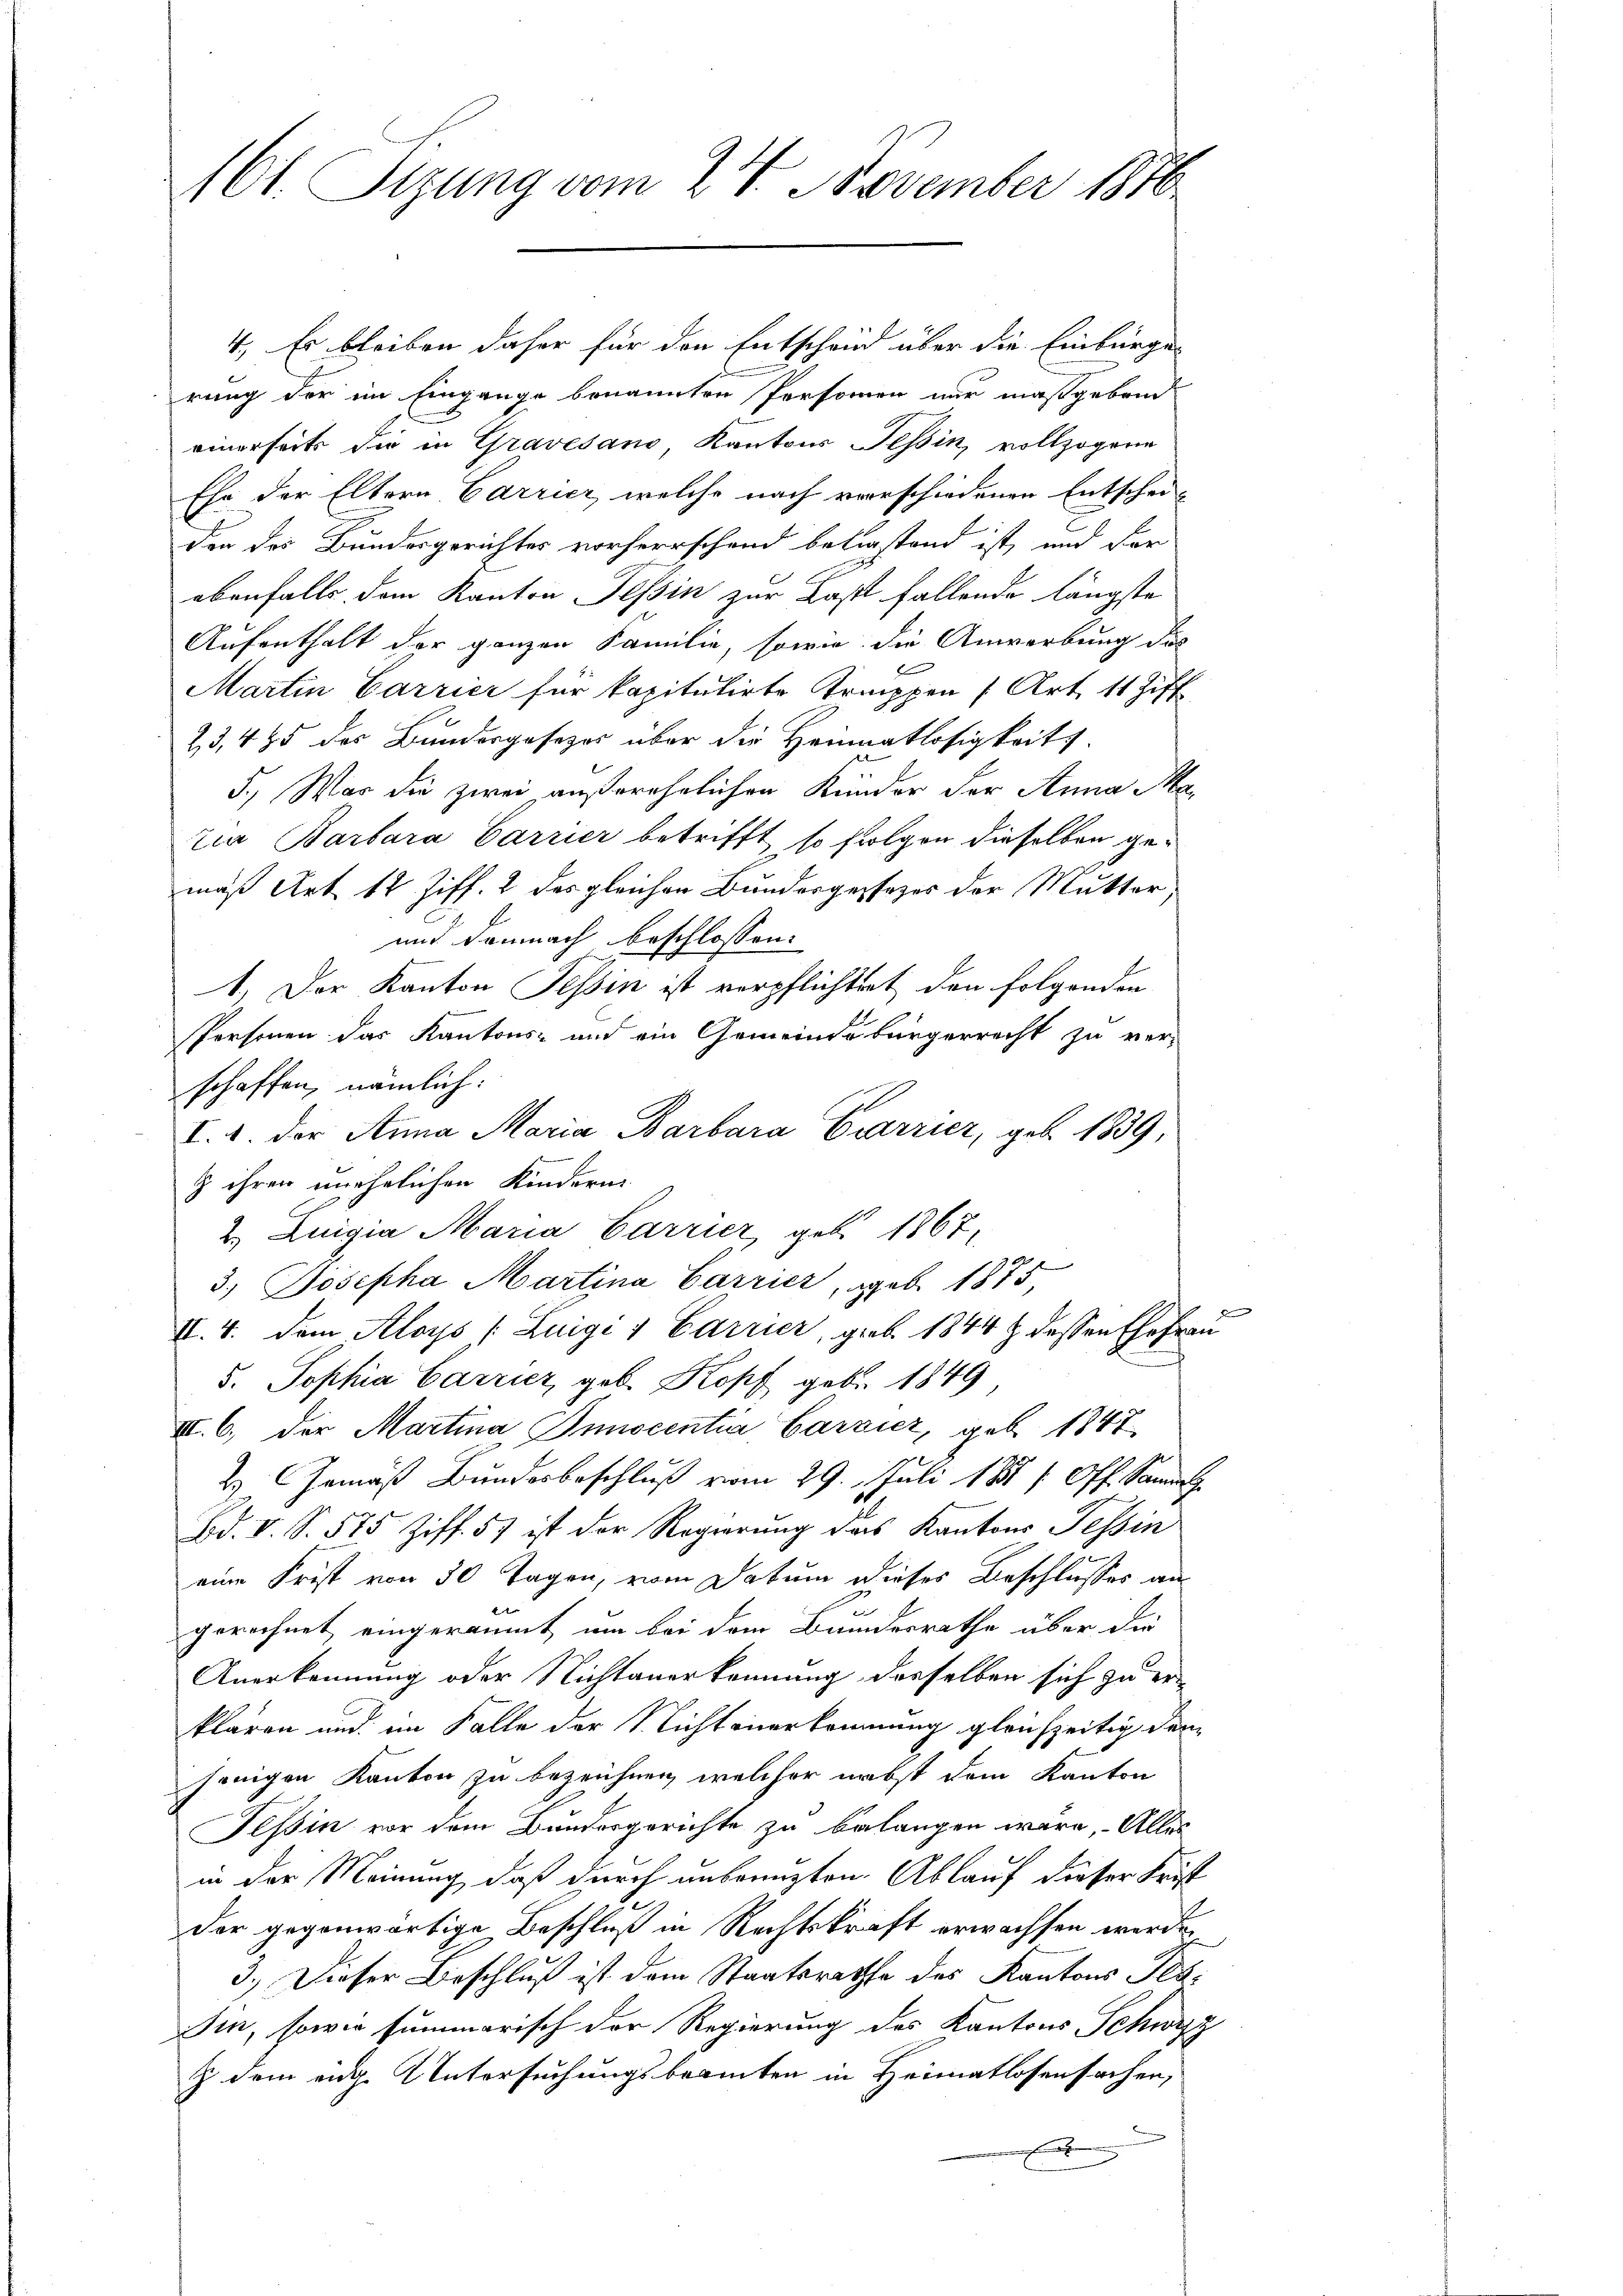
161. Sitzung vom 24. November 1810

4.) Es bleiben daher für den Entscheid über die Einbürger
rung der im Eingange benannten Personen nur maßgebend
einerseits die in Gravesand, Kantons Tessin, vollzogene
Ehe der Eltern Carrier, welche nach verschiedenen Entschei¬
E
den des Bundesgerichtes vorherrschend betrastend ist, und der
ebenfalls dem Kanton Tessin zur Last fallende längste
Aufenthalt der ganzen Familie, sowie die Anwerbung des
Martin Carrier für kapitulirte Treppen (Art. 11 Ziff
23, 4 & 5 des Bundergesezes über die Heinratlosigkeit.
5., Was die zwei außerehrlichen Kinder der Anna Ma
zia Barbara Carrier betrifft, so folgen dieselben gemäß Art. 12 Ziff. 2 des gleichen Bundesgesezes der Mutter
und demnach beschlossen:
1. Der Kanton Tessin ist verpflichtet den folgenden
Personen das Kantons- und ein Gemeindebürgerrecht zu ver-
schaffen, nämlich:
I. d. der Anna Maria Barbara Carrier, geb. 1839,
z ihren unehelichen Kinderni
2. Luigia Maria Carrier, geb. 1867,
3.) Josepha Martina Carrier, geb. 1875,
II. 4. dem Aloys (Luigi 1 Carrier, geb. 1844 & dessen Ehefrau
d. Sophia Carrier, geb. Kopf geb. 1849
II. 6. der Martina Innocentia Carzier, geb. 1847
2.) Gemäß Bundesbeschluß vom 29. Juli 184 (Off. Sammtz
Bd. V. S. 575 Ziff. 57 ist der Regierung das Kantons Tessin
eine Frist von 50 Tagen, vom Datum dieses Beschlusses an
t
gerechnet, eingeräumt, um bei dem Bundesrathe über die
Anerkennung oder Nichtanerkennung desselben sich zu erklären und im Falle der Nichtanerkommung gleichzeitig den
jenigen Kanton zu bezeichnen, welcher nebst dem Kanton
Tessin vor dem Bundesgerichte zu belangen wäre, Alles
in der Meinung, daß durch unsrenzten Ablauf dieser Frist
der gegenwärtige Beschluß in Rechtskraft erwachsen werde,
3.) Dieser Beschluß ist dem Staatsrathe des Kantons Tes
Im, sowie summarisch der Regierung des Kantons Schwyz
Z dem ange Untersuchungsbeamten in Heimatlosensachen,
.

e